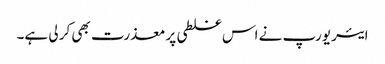
ایئر یورپ نے اس غلطی پر معذرت بھی کر لی ہے۔